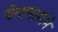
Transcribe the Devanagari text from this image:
चेतामार्गाने